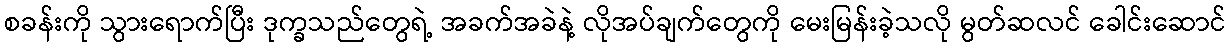
စခန်းကို သွားရောက်ပြီး ဒုက္ခသည်တွေရဲ့ အခက်အခဲနဲ့ လိုအပ်ချက်တွေကို မေးမြန်းခဲ့သလို မွတ်ဆလင် ခေါင်းဆောင်